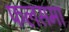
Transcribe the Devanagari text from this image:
फलसमा